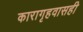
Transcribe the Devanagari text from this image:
कारागृहवासही